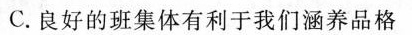
C.良好的班集体有利于我们涵养品格